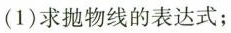
(1)求抛物线的表达式；